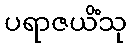
ပရာဇယိံသု